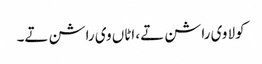
کولا وی راشن تے، اٹاں وی راشن تے۔